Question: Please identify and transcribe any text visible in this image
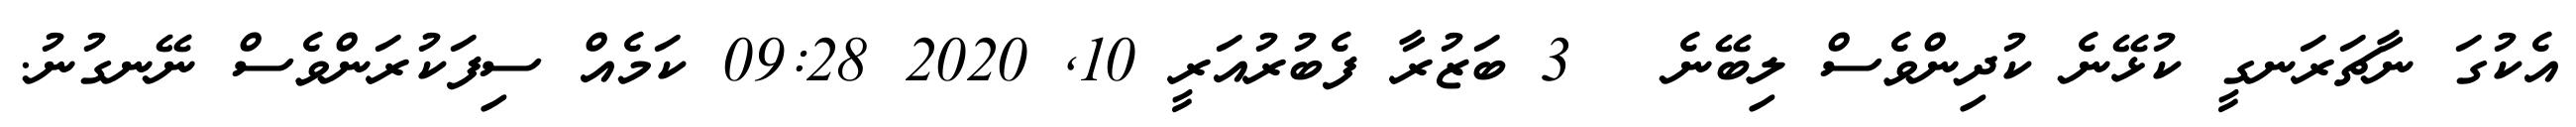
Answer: އެކުގަ ނާޗަރަނގީ ކުޅޭނެ ކުދިންވެސް ލިބޭނެ ? 3 ބަޒުރާ ފެބުރުއަރީ 10, 2020 09:28 ކަމެއް ސިފަކުރަންވެސް ނޭނގުނު.